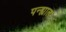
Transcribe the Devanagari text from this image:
पन्ह्याला